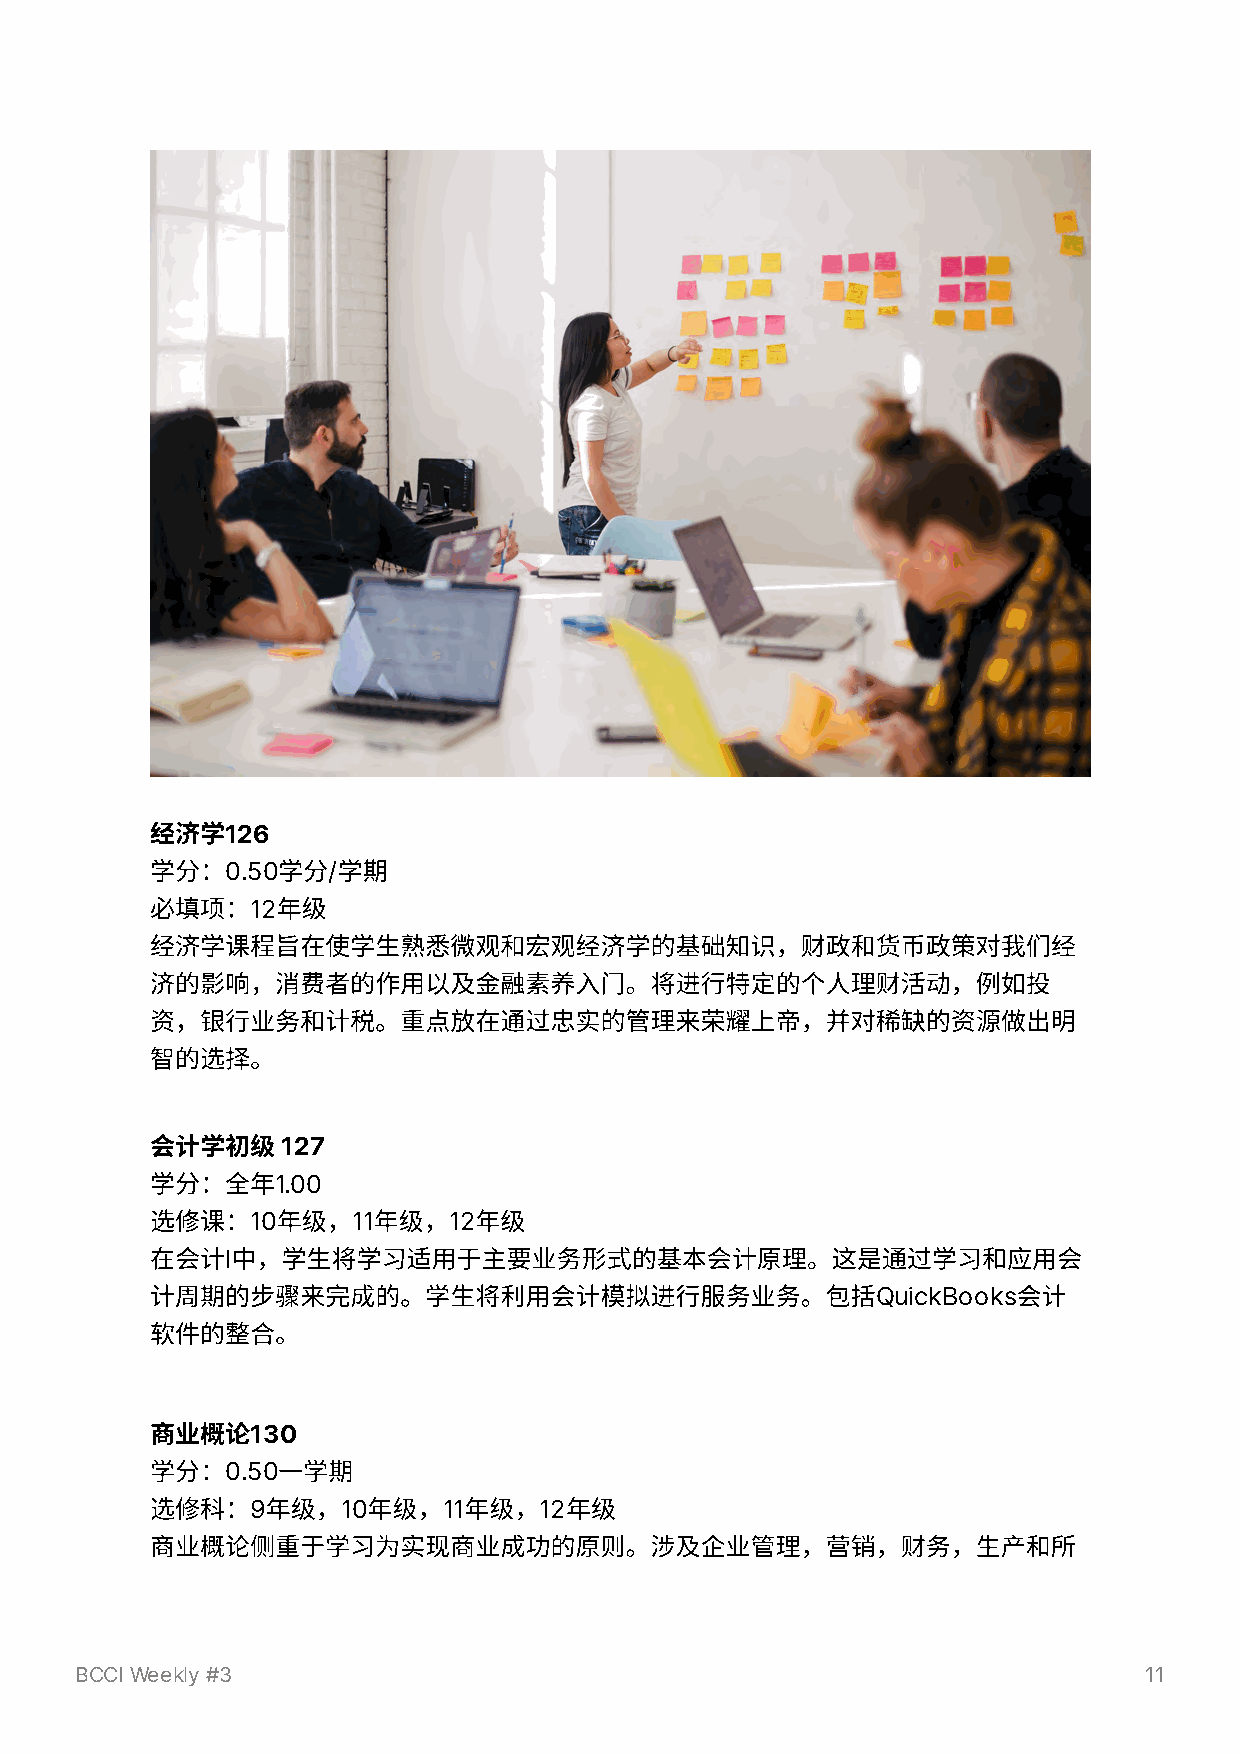
经济学126
 学分：0.50学分/学期
 必填项：12年级
 经济学课程旨在使学⽣熟悉微观和宏观经济学的基础知识，财政和货币政策对我们经
 济的影响，消费者的作⽤以及⾦融素养⼊⻔。将进⾏特定的个⼈理财活动，例如投
 资，银⾏业务和计税。重点放在通过忠实的管理来荣耀上帝，并对稀缺的资源做出明
 智的选择。
 会计学初级    127
 学分：全年1.00
 选修课：10年级，11年级，12年级
 在会计I中，学⽣将学习适⽤于主要业务形式的基本会计原理。这是通过学习和应⽤会
 计周期的步骤来完成的。学⽣将利⽤会计模拟进⾏服务业务。包括QuickBooks会计
 软件的整合。
 商业概论130
 学分：0.50⼀学期
 选修科：9年级，10年级，11年级，12年级
 商业概论侧重于学习为实现商业成功的原则。涉及企业管理，营销，财务，⽣产和所
 BCCI Weekly #3                                                         11